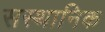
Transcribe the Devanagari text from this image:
सस्थानिक